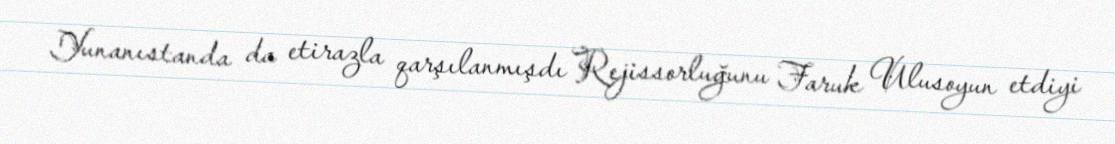
Yunanıstanda da etirazla qarşılanmışdı Rejissorluğunu Faruk Ulusoyun etdiyi